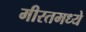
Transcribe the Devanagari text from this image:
मीरतमध्ये